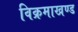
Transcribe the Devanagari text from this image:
विक्रमाखण्ड